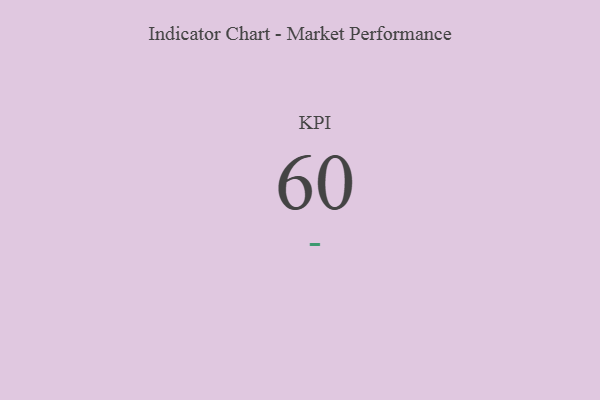
{"axis": {"x": "KPI", "y": "Value"}, "legend": [""], "data": [{"x": "KPI", "y": 60, "type": ""}]}